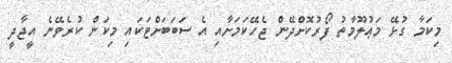
މިކަމާ ގުޅޭ މަޢުލޫމާތު ފޯރުކޮށްދޭން ޖެހޭކަމަށާއި އެ ސަބަބަށްޓަކައި މިކަން ކުރެވޭނެ އީޖާދީ